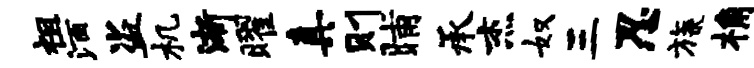
祖酒盗机渐曜真则晡承杰奴三忍旒桷